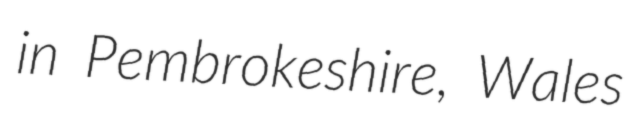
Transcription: in Pembrokeshire, Wales